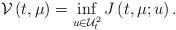
LaTeX: \begin{align*}\mathcal{V}\left( t,\mu \right) =\inf_{u\in \mathcal{U}_{t}^{2}}J\left(t,\mu ;u\right) . \end{align*}